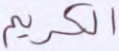
الكريم